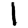
Digit: 1